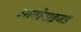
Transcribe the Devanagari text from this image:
आयोनाइजड